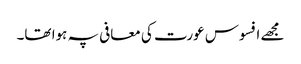
مجھے افسوس عورت کی معافی پہ ہوا تھا۔